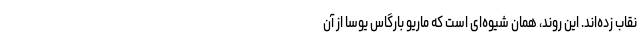
نقاب زده‌اند. این روند، همان شیوه‌ای است که ماریو بارگاس یوسا از آن